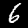
Digit: 6